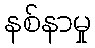
နစ်နာမှု